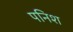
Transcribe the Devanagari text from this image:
पनिश